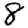
Digit: 8